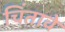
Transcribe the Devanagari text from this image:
चिंतावे